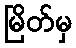
မြိတ်မှ